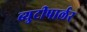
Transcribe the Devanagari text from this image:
ब्युटीपार्लर